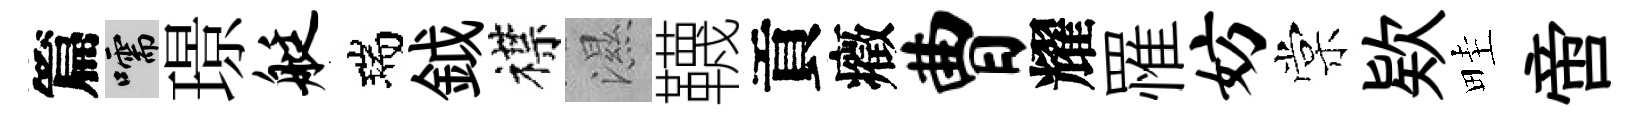
篇嚅璟艇瑞鉞襟濕韈貢癥曹耀罹妨棠欵畦啻